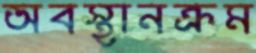
অবস্থানক্রম